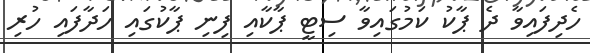
ހެދިފައިވާ ދެ ޕާކު ކަމުގައިވާ ސިޓީ ޕާކާއި ފިނި ޕާކުގައި ހަދާފައި ހުރި